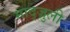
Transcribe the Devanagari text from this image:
माद्ज़ुली